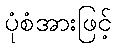
ပုံစံအားဖြင့်